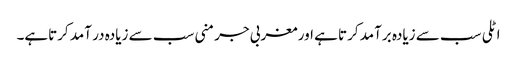
اٹلی سب سے زیادہ برآمد کرتا ہے اور مغربی جرمنی سب سے زیادہ در آمد کرتاہے۔